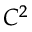
C ^ { 2 }